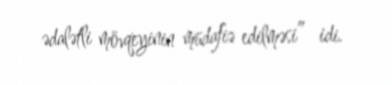
ədalətli mövqeyinin müdafiə edilməsi” idi.